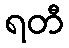
ရတီ